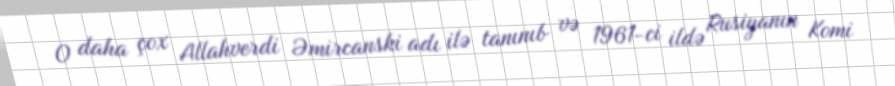
O daha çox Allahverdi Əmircanski adı ilə tanınıb və 1961-ci ildə Rusiyanın Komi